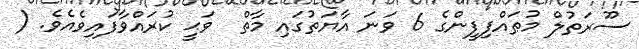
ސޫރަތުލް މުޠައްފިފީންގެ 6 ވަނަ އާޔަތުގައި މާތް  ވަޙީ ކުރައްވާފައިވެއެވެ. (